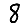
Digit: 8